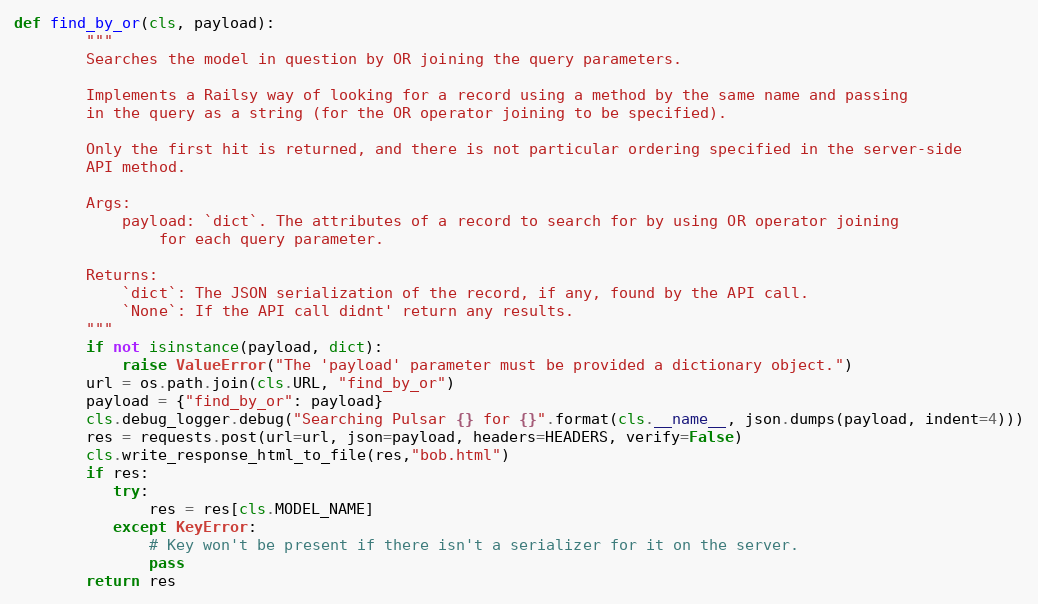
Language: Python
def find_by_or(cls, payload):
        """
        Searches the model in question by OR joining the query parameters.

        Implements a Railsy way of looking for a record using a method by the same name and passing
        in the query as a string (for the OR operator joining to be specified).

        Only the first hit is returned, and there is not particular ordering specified in the server-side
        API method.

        Args:
            payload: `dict`. The attributes of a record to search for by using OR operator joining
                for each query parameter.

        Returns:
            `dict`: The JSON serialization of the record, if any, found by the API call.
            `None`: If the API call didnt' return any results.
        """
        if not isinstance(payload, dict):
            raise ValueError("The 'payload' parameter must be provided a dictionary object.")
        url = os.path.join(cls.URL, "find_by_or")
        payload = {"find_by_or": payload}
        cls.debug_logger.debug("Searching Pulsar {} for {}".format(cls.__name__, json.dumps(payload, indent=4)))
        res = requests.post(url=url, json=payload, headers=HEADERS, verify=False)
        cls.write_response_html_to_file(res,"bob.html")
        if res:
           try:
               res = res[cls.MODEL_NAME]
           except KeyError:
               # Key won't be present if there isn't a serializer for it on the server.
               pass
        return res